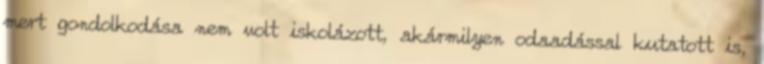
mert gondolkodása nem volt iskolázott, akármilyen odaadással kutatott is,